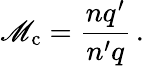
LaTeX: \mathscr{M}_{\mathrm{{c}}}={\frac{{nq^{\prime}}}{{n^{\prime}q}}}\, .